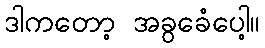
ဒါကတော့ အခွခေံပေါ့။